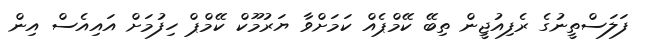
ފަލަސްތީނުގެ ރެފިއުޖީން ތިބޭ ކޭމްޕެއް ކަމަށްވާ ޔަރުމޫކް ކޭމްޕް ހިފުމަށް އައިއެސް އިން